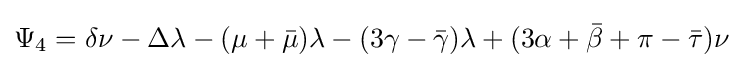
\Psi _{4}=\delta \nu -\Delta \lambda -(\mu +{\bar {\mu }})\lambda -(3\gamma -{\bar {\gamma }})\lambda +(3\alpha +{\bar {\beta }}+\pi -{\bar {\tau }})\nu